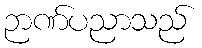
ဉာဏ်ပညာသည်